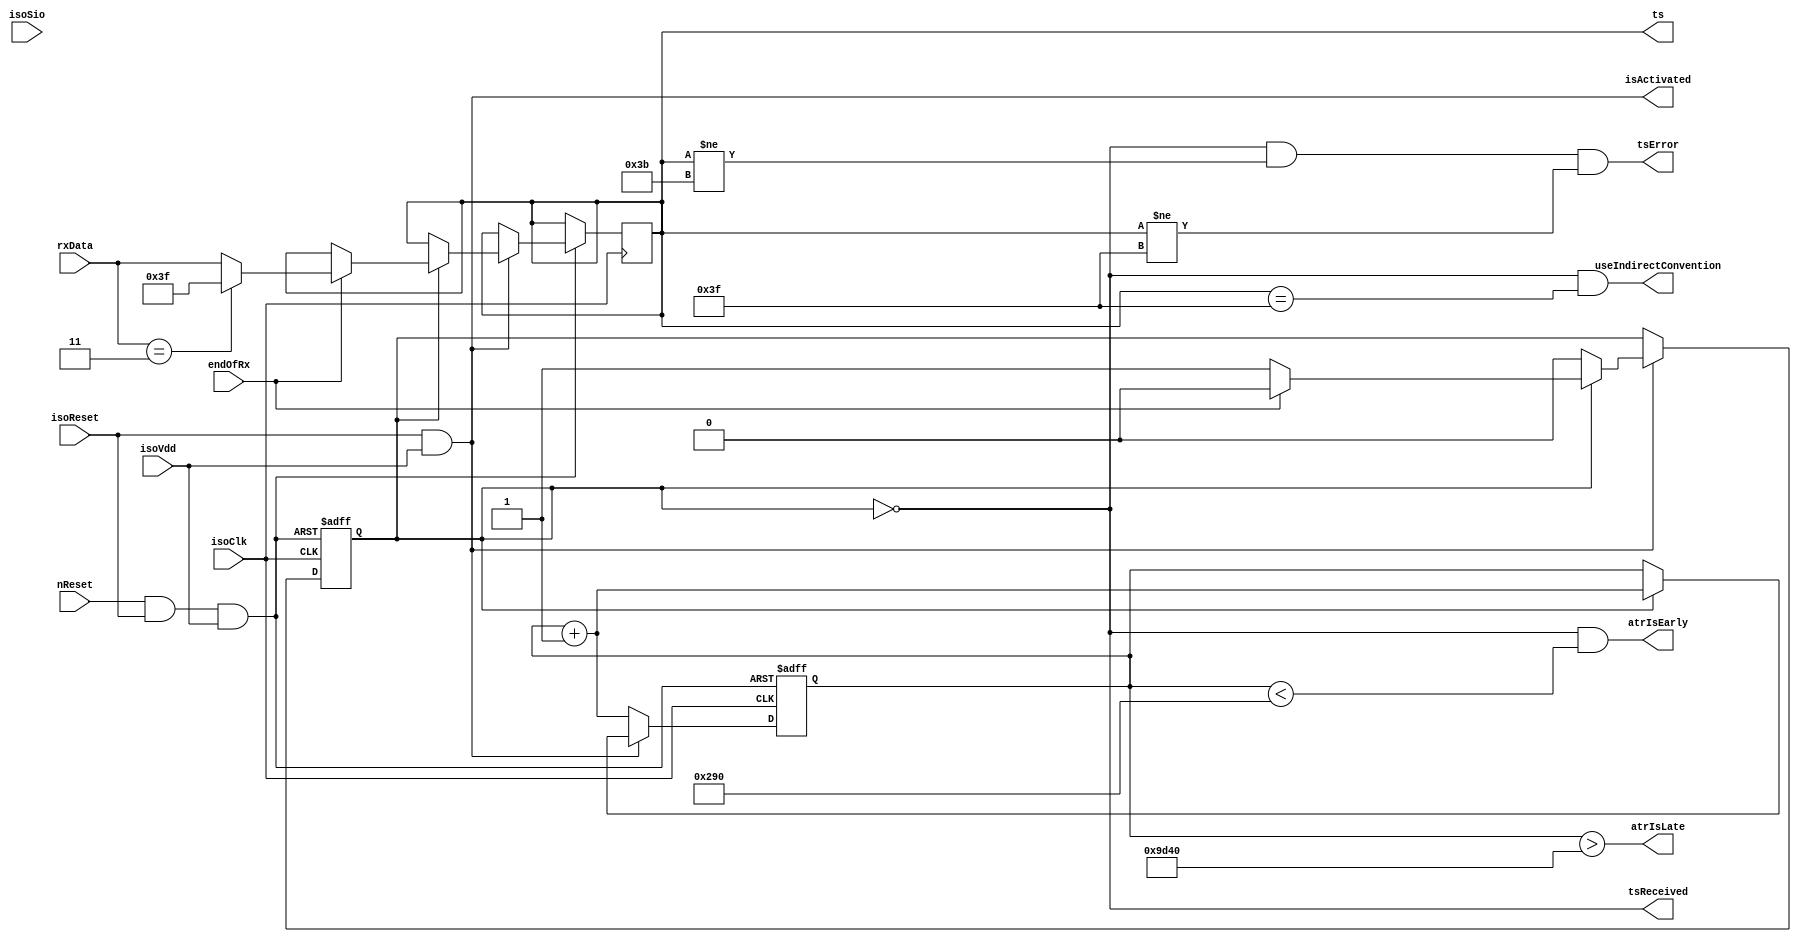
/*
Author: Sebastien Riou (acapola)
Creation date: 22:22:43 01/10/2011 

$LastChangedDate$
$LastChangedBy$
$LastChangedRevision$
$HeadURL$				 

This file is under the BSD licence:
Copyright (c) 2011, Sebastien Riou

All rights reserved.

Redistribution and use in source and binary forms, with or without modification, are permitted provided that the following conditions are met:

Redistributions of source code must retain the above copyright notice, this list of conditions and the following disclaimer. 
Redistributions in binary form must reproduce the above copyright notice, this list of conditions and the following disclaimer in the documentation and/or other materials provided with the distribution. 
The names of contributors may not be used to endorse or promote products derived from this software without specific prior written permission. 
THIS SOFTWARE IS PROVIDED BY THE COPYRIGHT HOLDERS AND CONTRIBUTORS
"AS IS" AND ANY EXPRESS OR IMPLIED WARRANTIES, INCLUDING, BUT NOT
LIMITED TO, THE IMPLIED WARRANTIES OF MERCHANTABILITY AND FITNESS FOR
A PARTICULAR PURPOSE ARE DISCLAIMED. IN NO EVENT SHALL THE COPYRIGHT OWNER OR
CONTRIBUTORS BE LIABLE FOR ANY DIRECT, INDIRECT, INCIDENTAL, SPECIAL,
EXEMPLARY, OR CONSEQUENTIAL DAMAGES (INCLUDING, BUT NOT LIMITED TO,
PROCUREMENT OF SUBSTITUTE GOODS OR SERVICES; LOSS OF USE, DATA, OR
PROFITS; OR BUSINESS INTERRUPTION) HOWEVER CAUSED AND ON ANY THEORY OF
LIABILITY, WHETHER IN CONTRACT, STRICT LIABILITY, OR TORT (INCLUDING
NEGLIGENCE OR OTHERWISE) ARISING IN ANY WAY OUT OF THE USE OF THIS
SOFTWARE, EVEN IF ADVISED OF THE POSSIBILITY OF SUCH DAMAGE.
*/
`default_nettype none
`timescale 1ns / 1ps

module TsAnalyzer(
	input wire nReset,
	input wire isoReset,
	input wire isoClk,
	input wire isoVdd,
	input wire isoSio,
	input wire endOfRx,
	input wire [7:0] rxData,//assumed to be sent lsb first, high level coding logical 1.
	output wire isActivated,
	output wire tsReceived,
	output wire tsError,
	output wire atrIsEarly,//high if TS received before 400 cycles after reset release
	output wire atrIsLate,//high if TS is still not received after 40000 cycles after reset release
	output wire useIndirectConvention,
	output reg [7:0] ts
	);

	
reg [8:0] tsCnt;//counter to start ATR 400 cycles after reset release

reg [16:0] resetCnt;
reg waitTs;
assign tsReceived = ~waitTs;
assign atrIsEarly = ~waitTs & (resetCnt<(16'h100+16'd400));
assign atrIsLate = resetCnt>(16'h100+16'd40000);
assign useIndirectConvention = ~waitTs & (ts==8'h3F);
assign tsError = ~waitTs & (ts!=8'h3B) & (ts!=8'h3F);

assign isActivated = isoReset & isoVdd;
wire fsm_nReset=nReset & isoReset & isoVdd;
always @(posedge isoClk, negedge fsm_nReset) begin
	if(~fsm_nReset) begin
		resetCnt<=16'b0;
		waitTs<=1'b1;
	end else if(isActivated) begin
		if(waitTs) begin
			if(endOfRx) begin
				waitTs<=1'b0;
				case(rxData)
					8'h3B: ts<=rxData;
					8'h03: ts<=8'h3F;//03 is 3F written LSB first and complemented
					default: ts<=rxData;
				endcase
			end
			resetCnt<=resetCnt+1'b1;
		end
	end else begin
		//if(isoVdd & isoReset) begin
			resetCnt<=resetCnt + 1'b1;
		//end else begin
		//	resetCnt<=16'b0;
		//end
	end
end
		
endmodule
`default_nettype wire